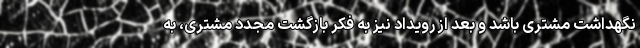
نگهداشت مشتری باشد و بعد از رویداد نیز به فکر بازگشت مجدد مشتری، به